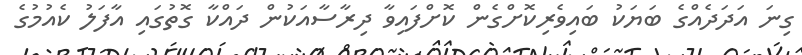
ގިނަ އަދަދެއްގެ ބަޔަކު ބައިވެރިކޮށްގެން ކޮށްފައިވާ ދިރާސާއަކުން ދައްކާ ގޮތުގައި އާފަލު ކެއުމުގެ